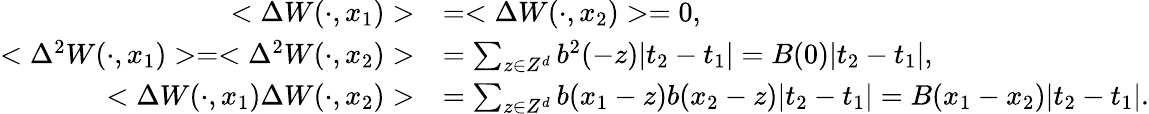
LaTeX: \begin{array}{rl}{<\Delta W(\cdot,x_{1})>}&{=<\Delta W(\cdot,x_{2})>=0,}\\ {<\Delta^{2}W(\cdot,x_{1})>=<\Delta^{2}W(\cdot,x_{2})>}&{=\sum_{z\in Z^{d}}b^{2}(-z)|t_{2}-t_{1}|=B(0)|t_{2}-t_{1}|,}\\ {<\Delta W(\cdot,x_{1})\Delta W(\cdot,x_{2})>}&{=\sum_{z\in Z^{d}}b(x_{1}-z)b(x_{2}-z)|t_{2}-t_{1}|=B(x_{1}-x_{2})|t_{2}-t_{1}|.}\end{array}